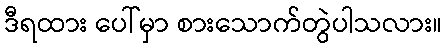
ဒီရထား ပေါ်မှာ စားသောက်တွဲပါသလား။